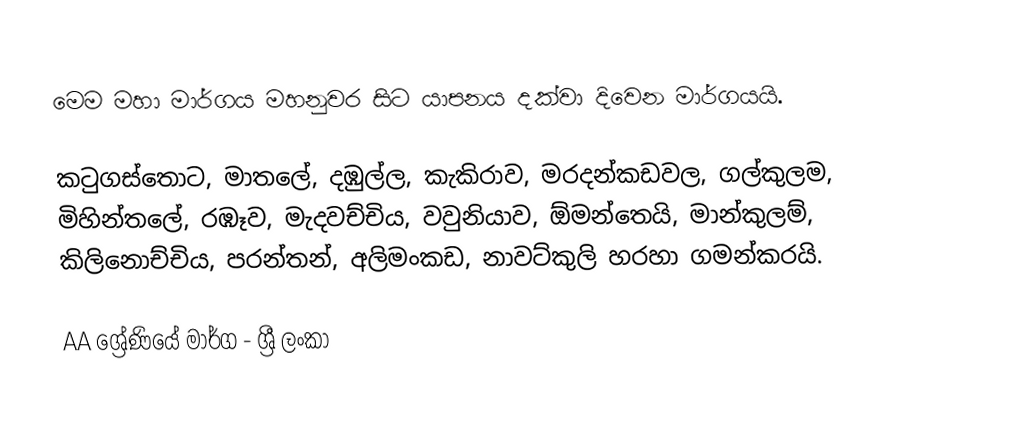
මෙම මහා මාර්ගය මහනුවර සිට යාපනය දක්වා දිවෙන මාර්ගයයි.

කටුගස්තොට, මාතලේ, දඹුල්ල, කැකිරාව, මරදන්කඩවල, ගල්කුලම, මිහින්තලේ, රඹෑව, මැදවච්චිය, වවුනියාව, ඕමන්තෙයි, මාන්කුලම්, කිලිනොච්චිය, පරන්තන්, අලිමංකඩ, නාවට්කුලි හරහා  ගමන්කරයි.

AA ශ්‍රේණියේ මාර්ග - ශ්‍රී ලංකා